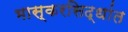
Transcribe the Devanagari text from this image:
भास्करसिद्धांत